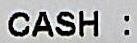
CASH :